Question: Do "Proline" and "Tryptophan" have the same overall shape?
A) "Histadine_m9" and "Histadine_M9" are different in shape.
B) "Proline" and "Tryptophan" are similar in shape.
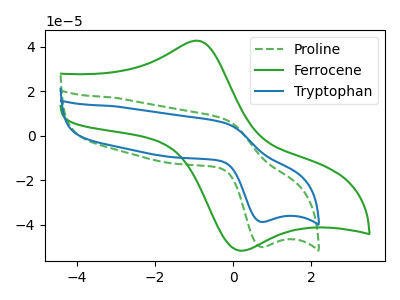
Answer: <think>The green dashed curve "Proline" has an anodic peak at (-0.25V, 7.60uA) and a cathodic peak at (0.70V, -50.05uA). The green curve "Ferrocene" has an anodic peak at (-0.90V, 42.65uA) and a cathodic peak at (0.20V, -51.70uA). The blue curve "Tryptophan" has an anodic peak at (-0.25V, 5.90uA) and a cathodic peak at (0.70V, -38.75uA).
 All the peaks in "Proline" have a peak in "Tryptophan" at the same potential. Every peak in "Proline" is higher than every peak in "Tryptophan".</think>
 <answer>B) "Proline" and "Tryptophan" are similar in shape.</answer>
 <eval>B</eval>